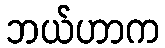
ဘယ်ဟာက